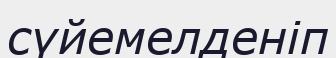
сүйемелденіп